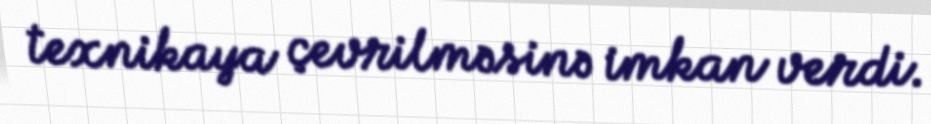
texnikaya çevrilməsinə imkan verdi.